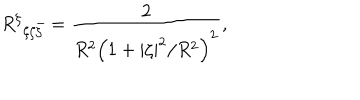
R ^ { \zeta } { } _ { \zeta \zeta \bar { \zeta } } = \frac { 2 } { R ^ { 2 } \left( 1 + { | \zeta | ^ { 2 } } / { R ^ { 2 } } \right) ^ { 2 } } ,